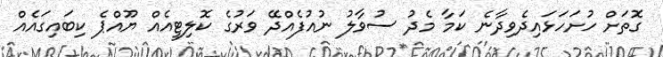
ގޮތަށް ހުށަހަޅައިދެވިދާނެ ކަމާ މެދު ސުވާލު ނުއުފެއްދޭ ވަރުގެ ކޮލިޓީއެއް ޔޫއްޕެ ކިބައިގައެއް